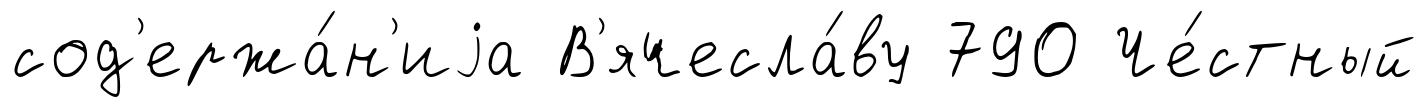
сод'ержа́н'иjа В'ячесла́ву 790 Че́стный